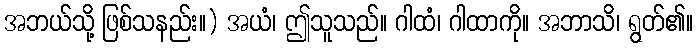
အဘယ်သို့ ဖြစ်သနည်း။) အယံ၊ ဤသူသည်။ ဂါထံ၊ ဂါထာကို။ အဘာသိ၊ ရွတ်၏။